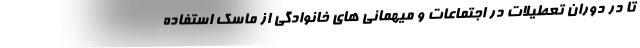
تا در دوران تعطیلات در اجتماعات و میهمانی های خانوادگی از ماسک استفاده